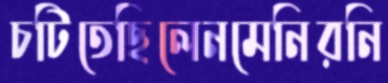
চটিতেছিলেনমেনিরনি